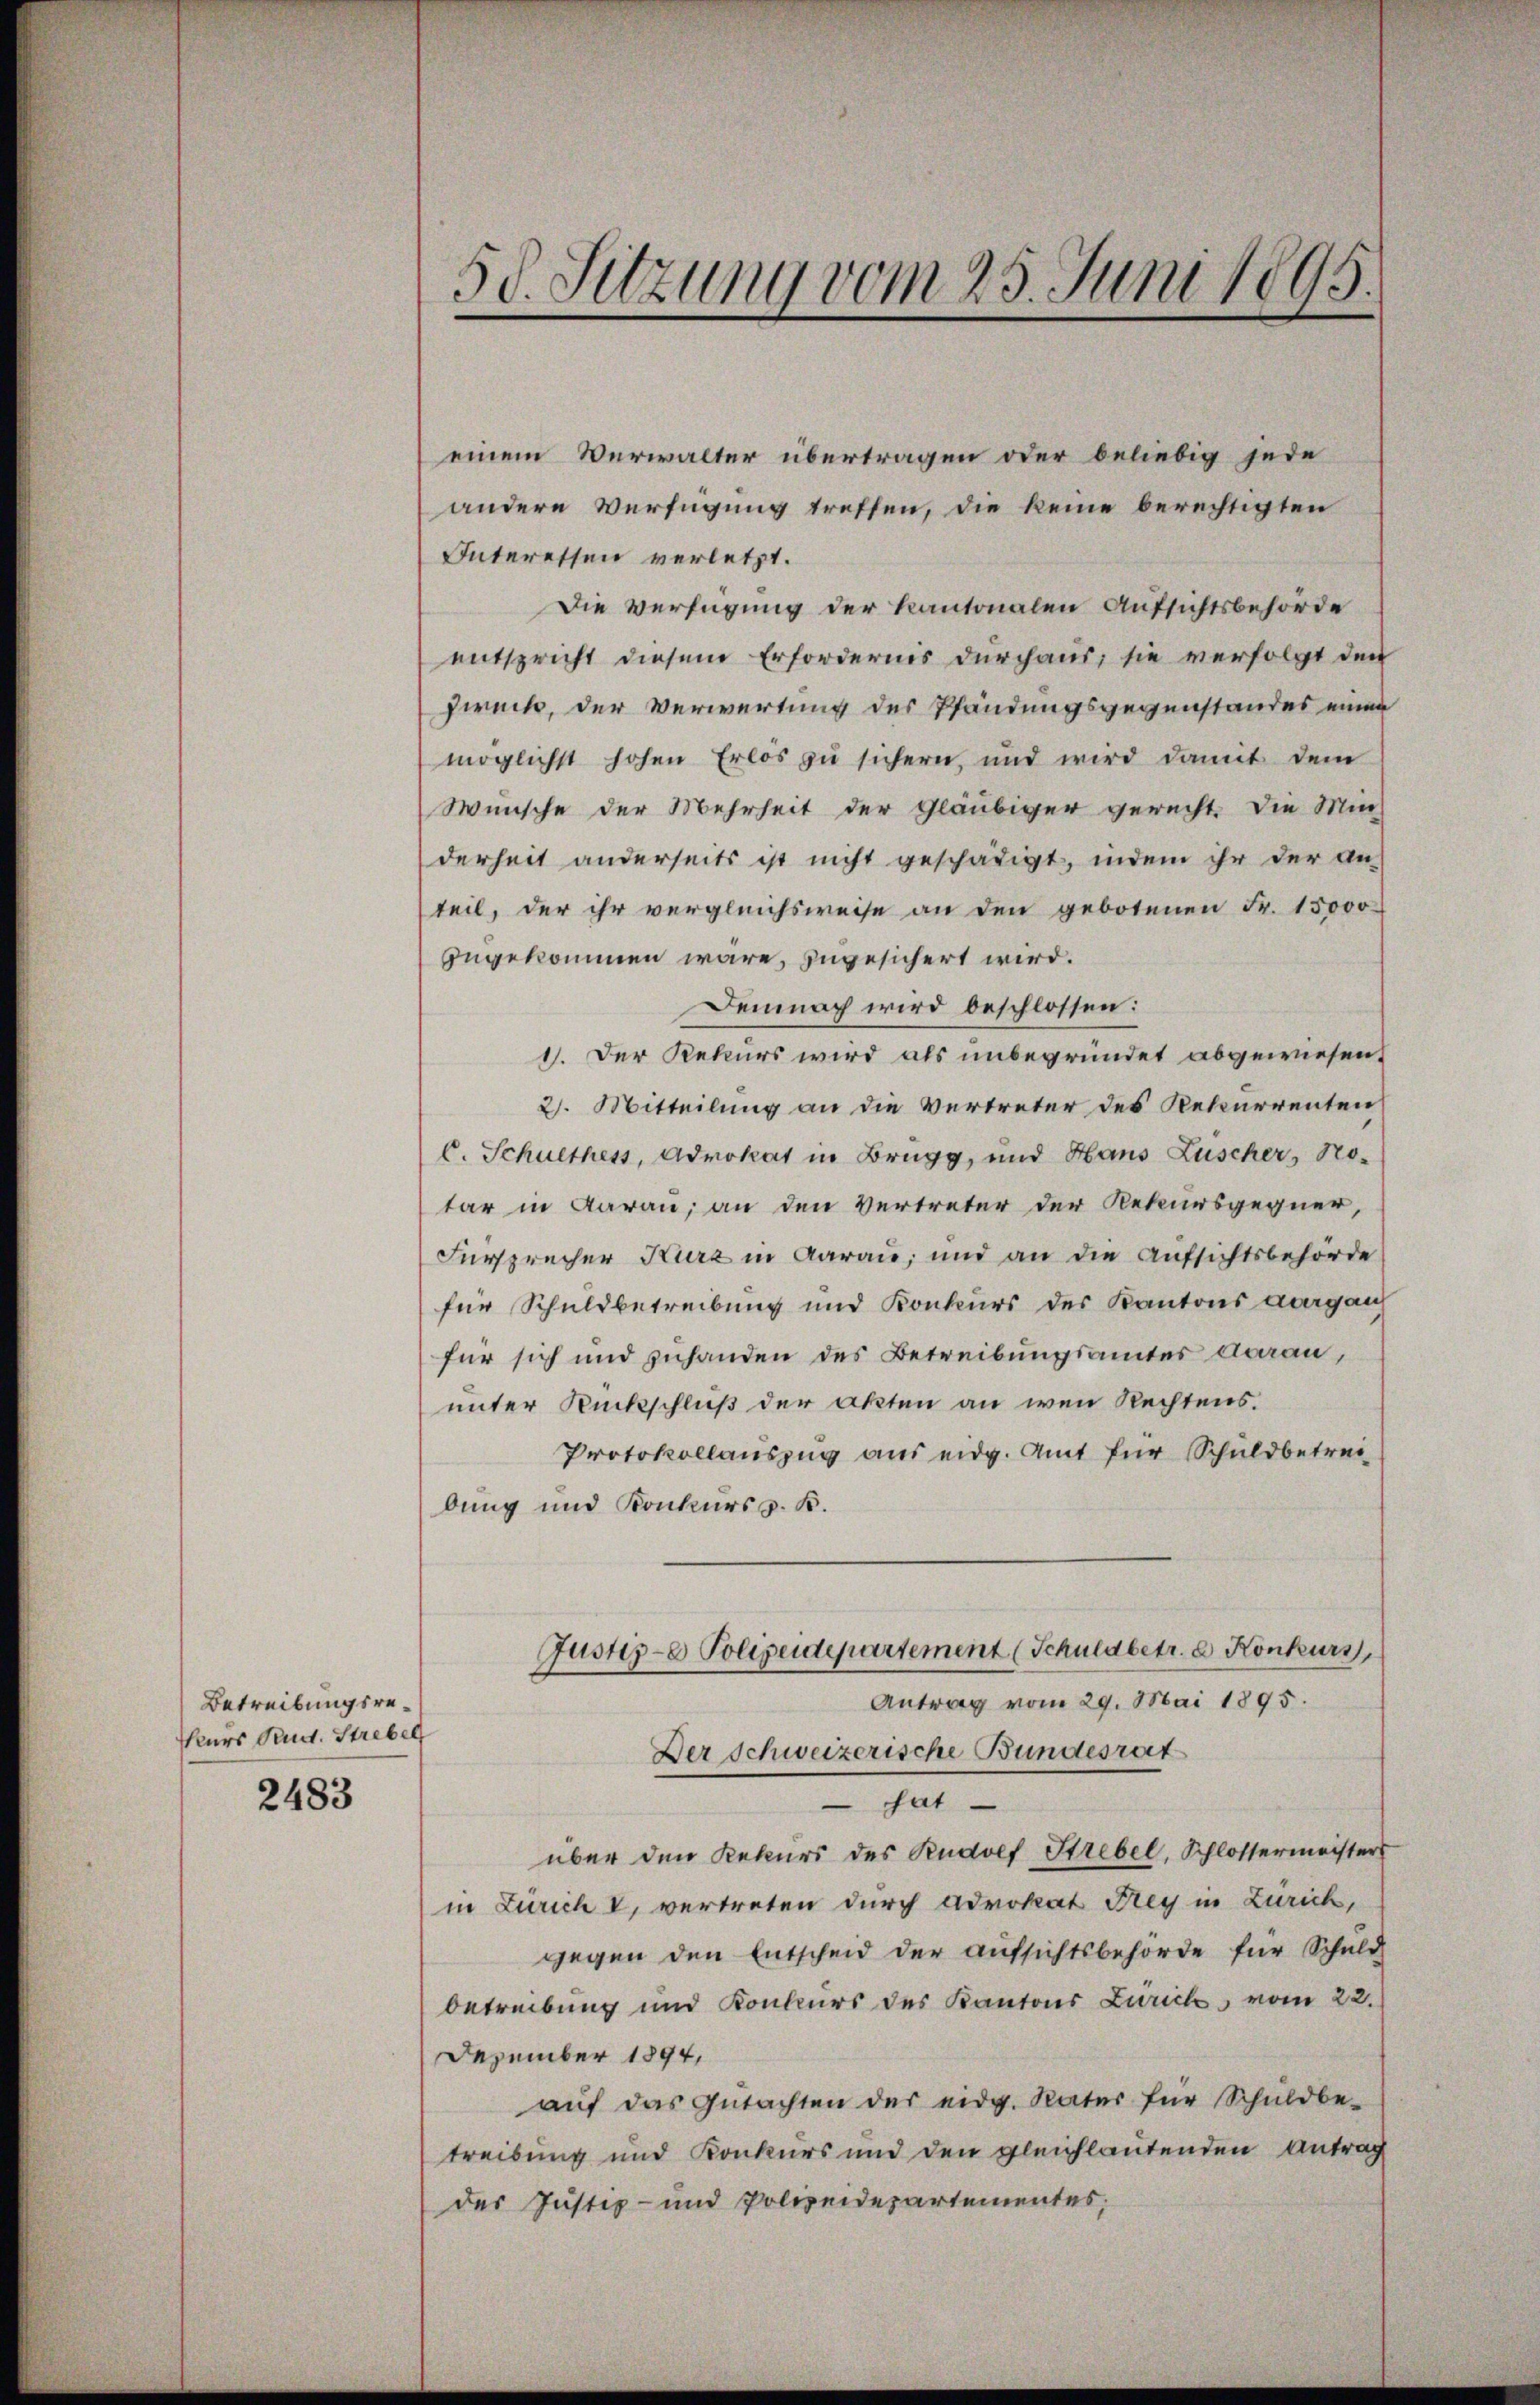
Betreibungsre¬
Kurs Rud. Strebel

2483

58. Sitzung vom 25. Juni 1895.

einem Verwalter übertragen oder beliebig jede
andere Verfügung treffen, die keine berechtigten
Interessen verletzt.
Die Verfügung der Kantonalen Aufsichtsbehörde
entspricht diesem Erfordernis durchaus; sie verfolgt den
Zweck, der Verwertung des Pfändungsgegenstandes einen
möglichst hohen Erlos zu sichern, und wird damit dem
Wunsche der Mehrheit der Gläubiger gerecht. Die Min
derheit anderseits ist nicht geschädigt, indem ihr der An-
teil, der ihr vergleichsweise an den gebotenen Fr. 15000
zngekommen wäre, zugesichert wird.
Demnach wird beschlossen:
1. Der Rekurs wird als unbegründet abgewiesen.
2. Mitteilung an die Vertreter des Rekurrenten
C. Schulthess, Advokat in Brugg, und Haus Zuscher, No-
tar in darau, an den Vertreter der Rekursgegner,
Fürsprecher Kurz in Aarau, und an die Aufsichtsbehörde
für Schuldbetreibung und Konkurs des Kantons Aargau
für sich und zuhanden des Betreibungsamtes darau,
unter Rückschluß der Akten an wen Rechtens.
Protokollauszug aus eidg. Amt für Schuldbetreibung und Konkurs z. B.
Justiz- Polizeidepartement (Schuldbetr. d. Konkurs,
Antrag vom 29. Mai 1895.
Der Schweizerische Bundesrat
sat
über den Rekurs des Rudolf Strebel, Schlossermeister
in Zürich V, vertreten durch Advokat Drey in Zürich,
gegen den Entscheid der Aŭfsichtsbehörde für Schuld
betreibung und Konkurs des Kantons Zürich, vom 22.
Dezember 1894,
aŭf das Gŭtachten der eidg. Rater für Schuldbe-
treibung und Konkurs und den gleichlautenden Antrag
der Justiz- und Polizeidepartementes,